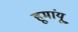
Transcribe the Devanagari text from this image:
हूमांयू